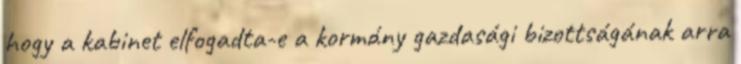
hogy a kabinet elfogadta-e a kormány gazdasági bizottságának arra